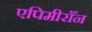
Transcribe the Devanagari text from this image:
एपिमीराँन